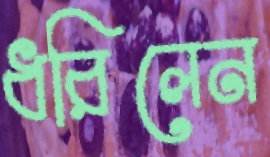
ধরিলেন